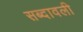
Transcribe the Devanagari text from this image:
सब्दावली